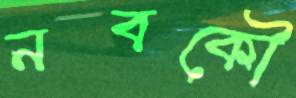
নবকৌ